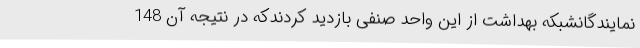
نمایندگانشبکه بهداشت از این واحد صنفی بازدید کردندکه در نتیجه آن 148